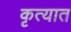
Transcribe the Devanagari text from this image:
कृत्यात